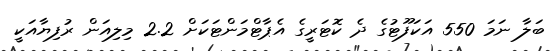
ބަލާ ނަމަ 550 އަކަފޫޓުގެ ދެ ކޮޓަރީގެ އެޕާޓްމަންޓަކަށް 2.2 މިލިއަން ރުފިޔާއަކީ